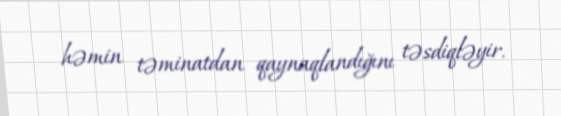
həmin təminatdan qaynaqlandığını təsdiqləyir.